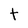
Character: t